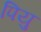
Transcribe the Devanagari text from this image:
पियु